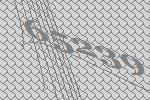
65239